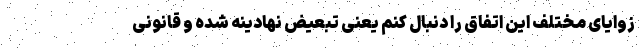
زوایای مختلف این اتفاق را دنبال کنم یعنی تبعیض نهادینه شده و قانونی